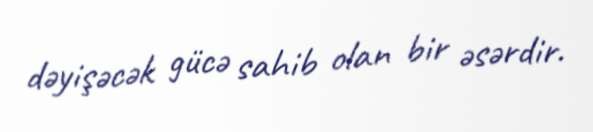
dəyişəcək gücə sahib olan bir əsərdir.